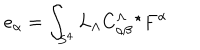
e _ { \alpha } = \int _ { S ^ { 4 } } L _ { \Lambda } C _ { \alpha \beta } ^ { \Lambda \ \ \star } F ^ { \alpha }